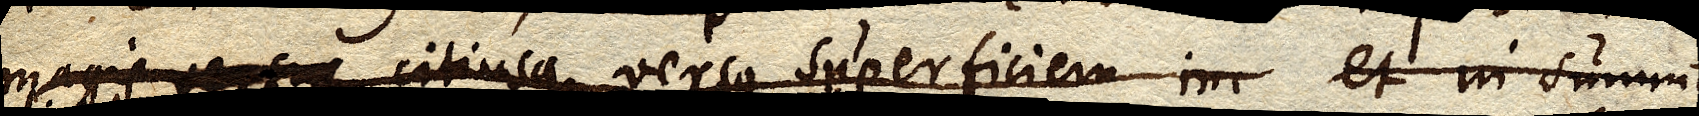
magis versus citiusque versus superficiem in et in summo